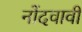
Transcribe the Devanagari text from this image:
नोंदवावी